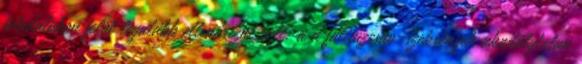
feladatokon felül legalább ellenõrizni kell: a a falitûzcsap-szekrények akadálytalan